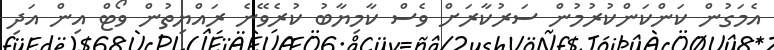
އެމަގުން ކަންކަންކުރުމުން ސަރުކާރަށް ވެސް ކާމިޔާބު ކުރެވޭނެ ރައްޔިތުން ވޯޓް އިން އަދި